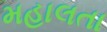
મહાલતા